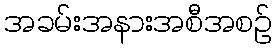
အခမ်းအနားအစီအစဉ်